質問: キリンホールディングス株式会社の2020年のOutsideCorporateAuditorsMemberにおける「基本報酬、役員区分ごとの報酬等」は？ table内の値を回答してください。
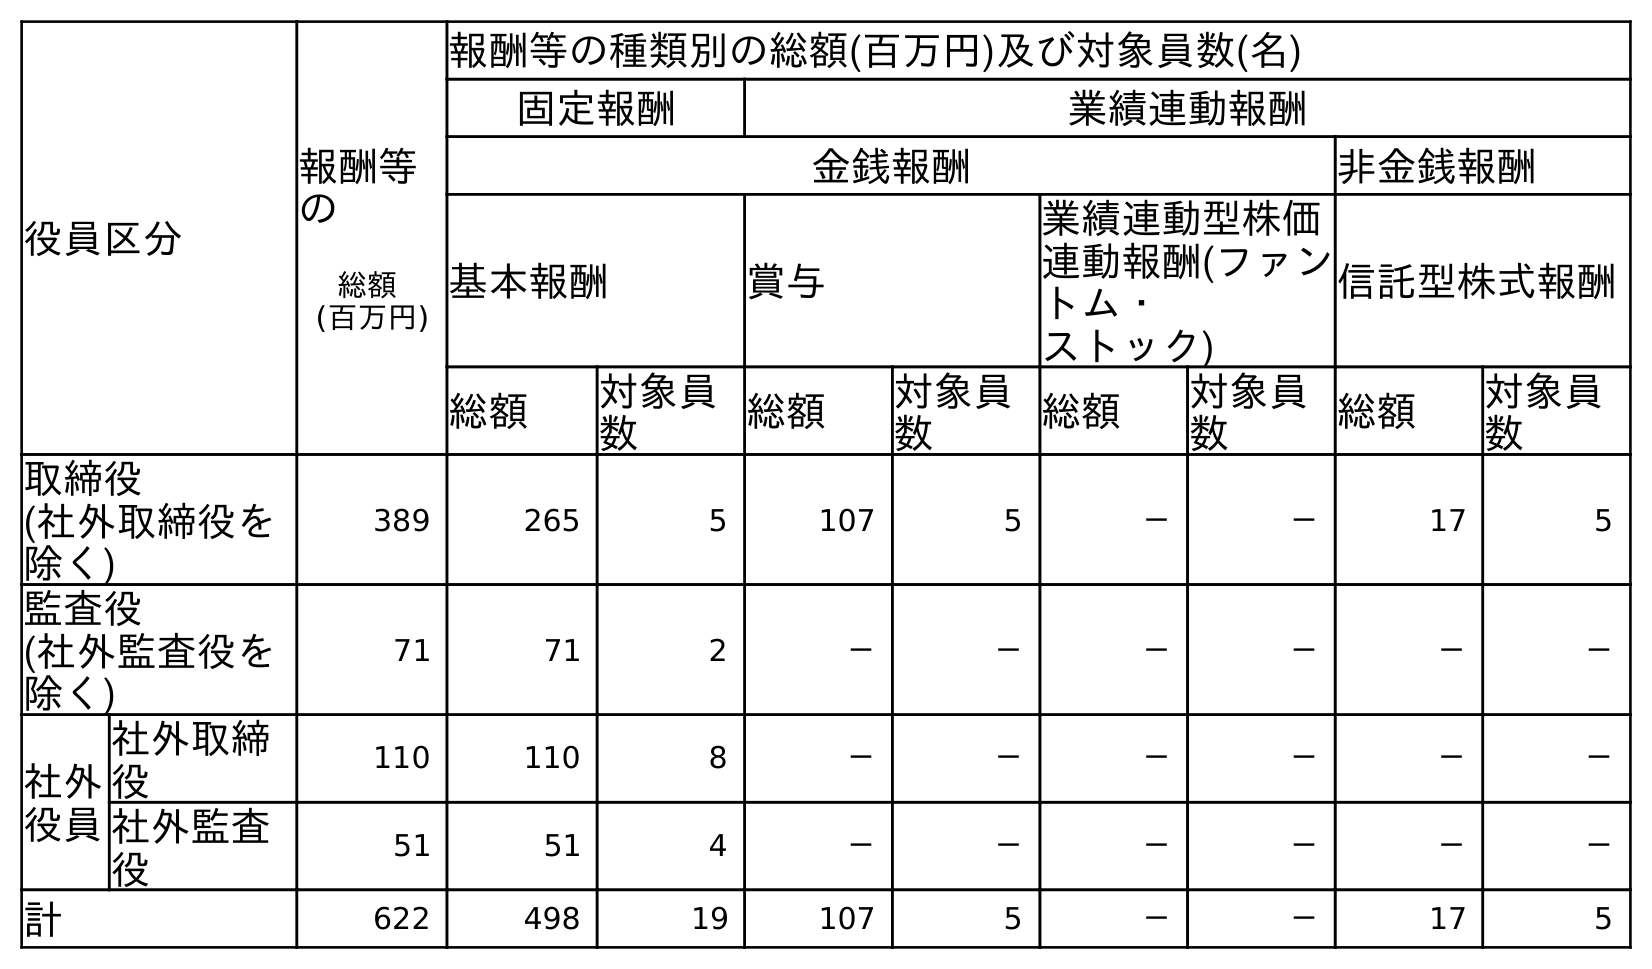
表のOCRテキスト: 役員区分 報酬等 の 総額 (百万円) 報酬等の種類別の総額(百万円)及び対象員数(名) 固定報酬 業績連動報酬 金銭報酬 非金銭報酬 基本報酬 賞与 業績連動型株価 連動報酬(ファン トム・ ストック) 信託型株式報酬 総額 対象員 数 総額 対象員 数 総額 対象員 数 総額 対象員 数 取締役 (社外取締役を 除く) 389 265 5 107 5 － － 17 5 監査役 (社外監査役を 除く) 71 71 2 － － － － － － 社外 役員 社外取締 役 110 110 8 － － － － － － 社外監査 役 51 51 4 － － － － － － 計 622 498 19 107 5 － － 17 5
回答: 51